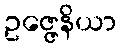
ဥဇ္ဇေနိယာ